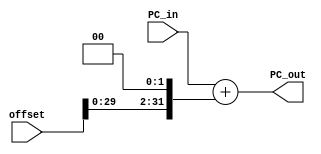
module Add_Address_Branch(PC_in,offset,PC_out);

	output [31:0]PC_out;
	input [31:0]PC_in, offset;
	
	assign PC_out = PC_in + (offset << 2);
	
endmodule